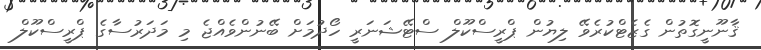
ޤާނޫނީގޮތުން ގެޒެޓްކުރެވޭ ލިޔުން ޕްރީސްކޫލް ސްޓޭޝަނަރީ ހޯދުމަށް ބޭނުންވެއްޖެ މި މަދަރުސާގެ ޕްރީސްކޫލް